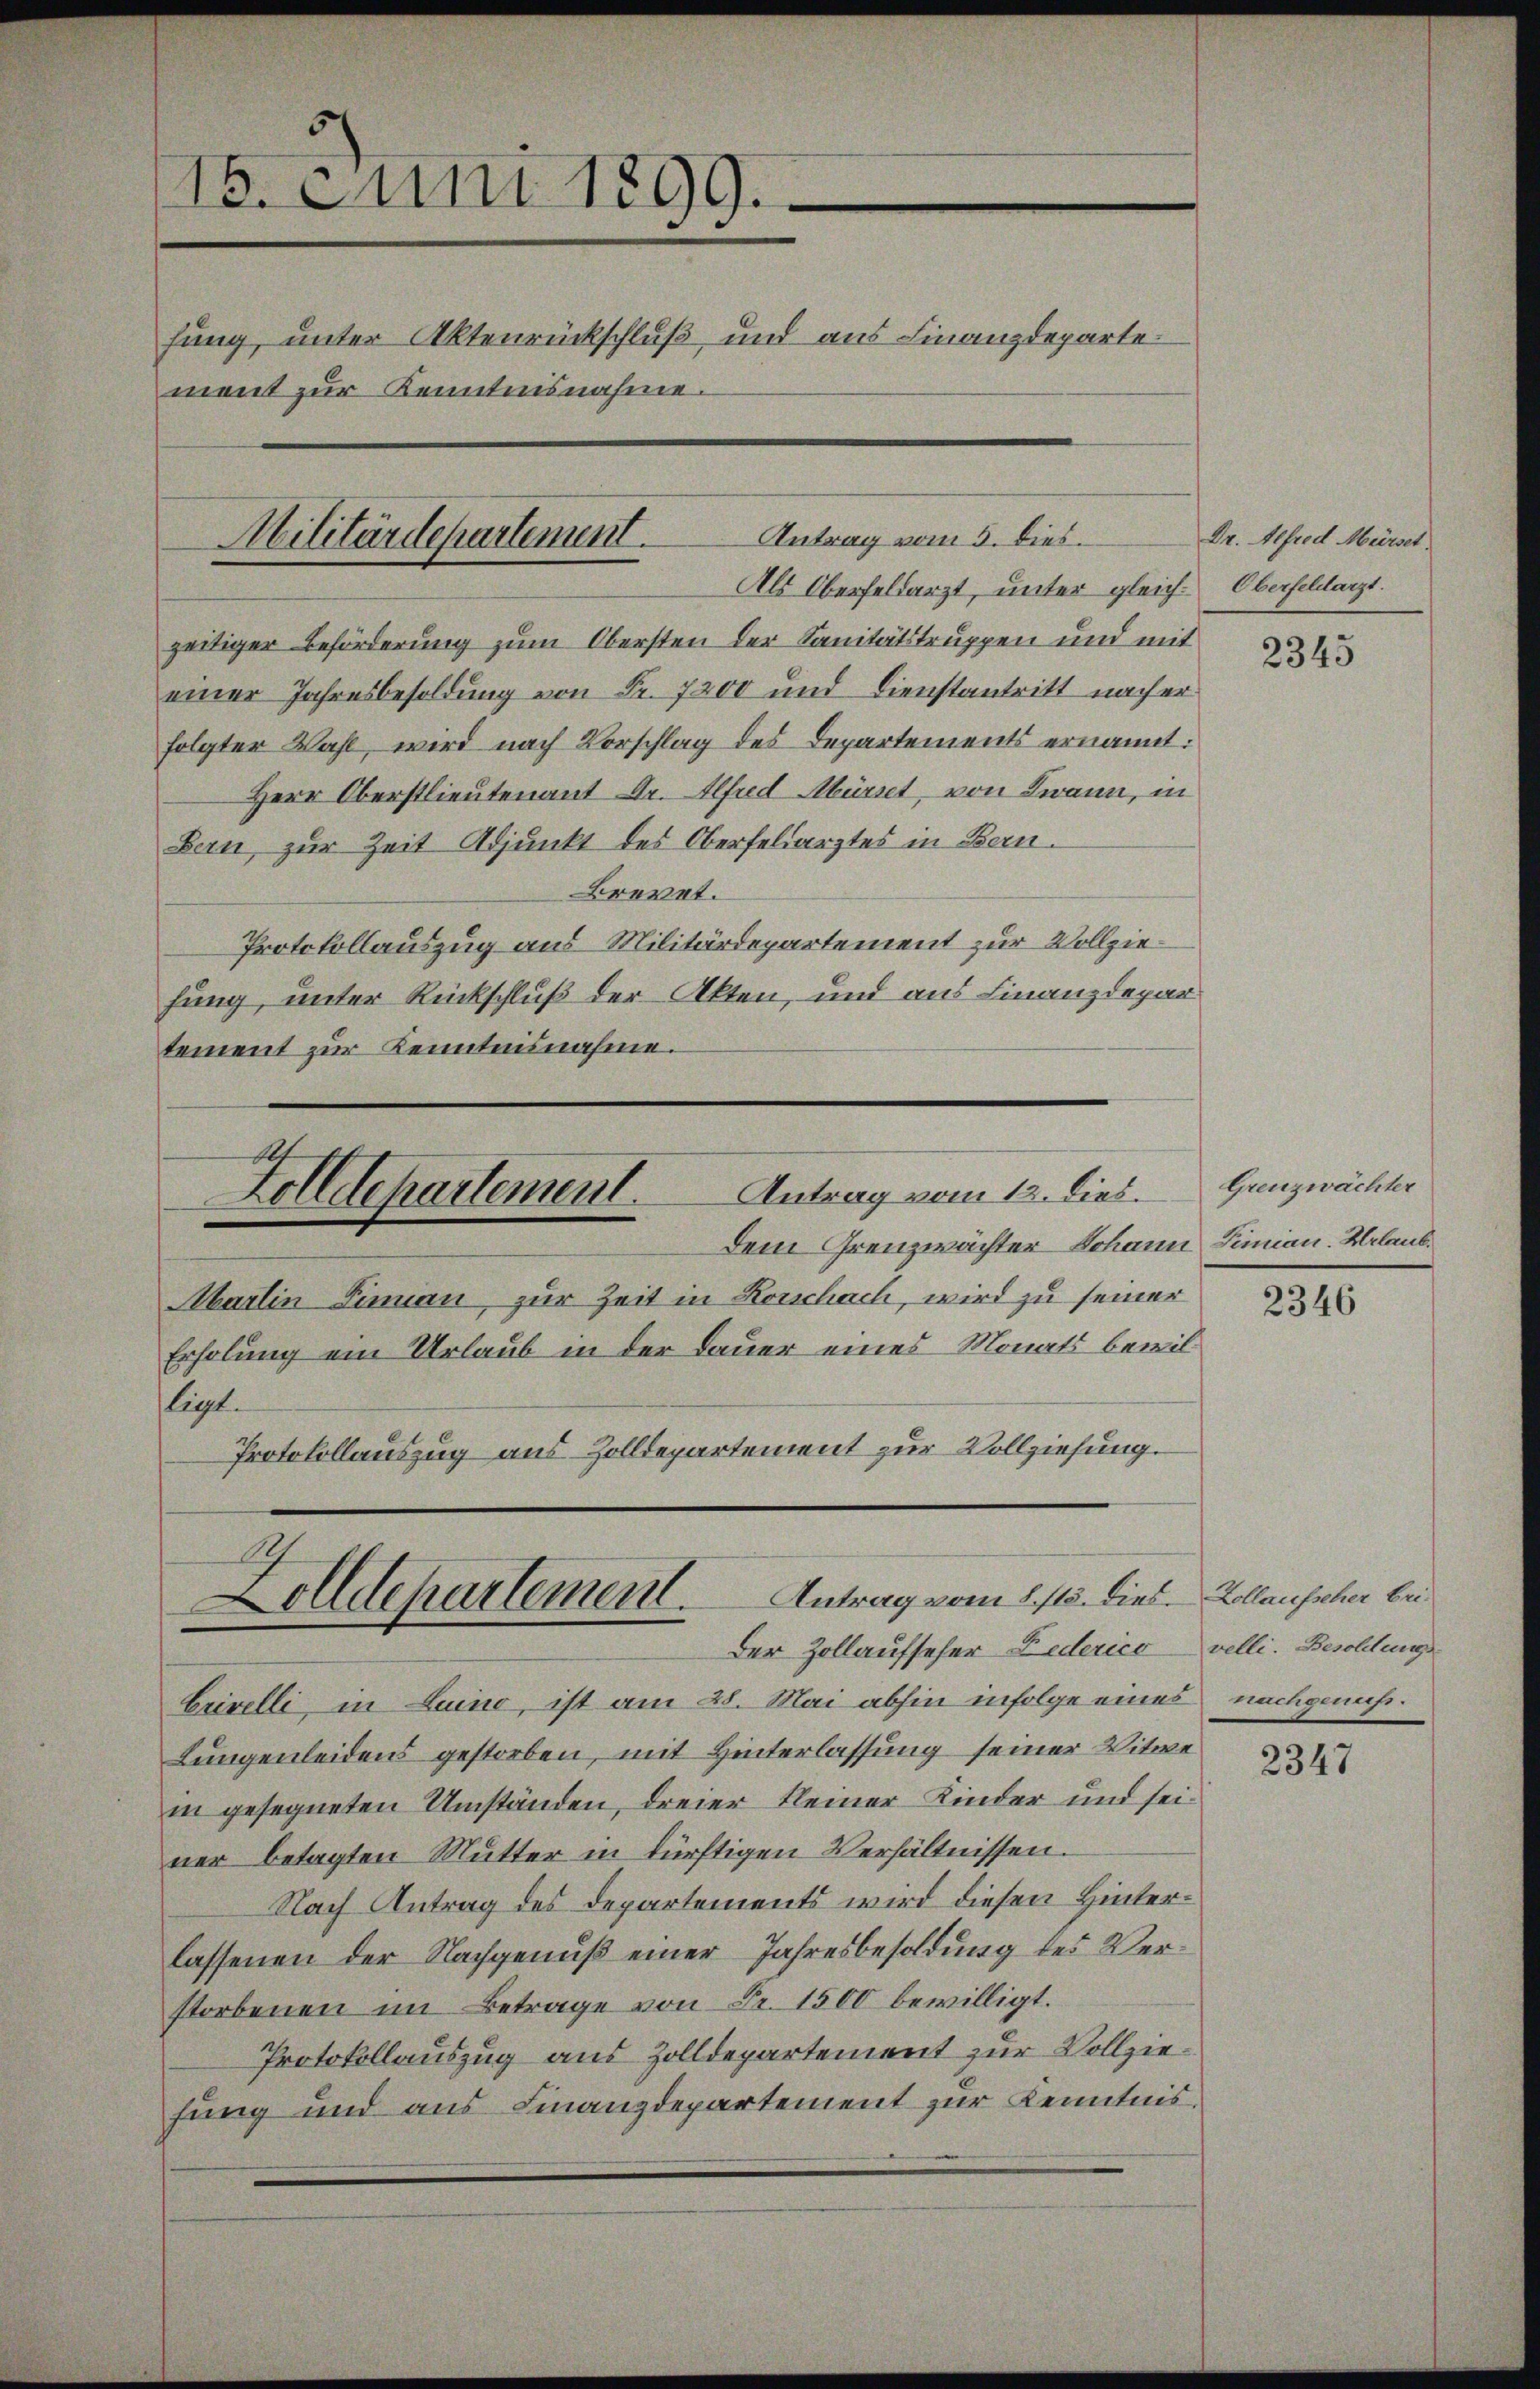
15. Juni 1899.
hung, unter Aktenrückschluß, und aus Finanzdeparte
ment zur Kenntnisnahme.

Militärdepartement Antrag vom 5. dies

A
Zolldepartement. Antrag vom 1. 115. dies. Kollausscher bei¬
Der Zollaufseher Federico velli. Besoldung

zeitiger Beförderung zum Obersten der Sanitätstruppen und mit
einer Jahresbesoldung von Fr. 7200 und Dienstantritt nach er
folgter Wahl, wird nach Vorschlag des Departements ernannt:
Herr Oberstlieutenant Dr. Alfred Mürret, von Twann, in
Bern zur Zeit Adjunkt des Oberfeldarztes in Bern.
Brevet.
Protokollauszug aus Militärdepartement zur Vollziefung, unter Rückschluß der Akten, und aus Finanzdepar
tement zur Kenntnisnahme.
A.
Zolldepartement. Antrag vom 12. lies.
dem Grenzwächter Johann Simian. Urlaub¬
Martin Sinnau zur Zeit in Konschach, wird zu seiner
Erholung ein Urlaub in der Dauer eines Monats bewilligt.
Protokollauszug aus Zolldepartement zur Vollziehung.

Erivelli, in Luino, ist am 28. Mai abhin infolge eines
Lungenleidens gestorben, mit Hinterlassung seiner Witwe
in gesegneten Umständen, dreier kleiner Kinder und seiner betagten Mutter in dürftigen Verhältnissen.
Nach Antrag des Departements wird diesen Hinterlassenen der Nachgenuß einer Jahresbesoldung des Verstorbenen im Betrage von Fr. 1500 bewilligt.
Protokollauszug aus Zolldepartement zur Vollziefung und aus Finanzdepartement zur Kenntnis¬

Als Oberfeldarzt, unter gleich-Oberfeldarzt.

Dr. Alfred Mürset.

2345

Grenzwächter

2346

nachgenuß.

2347